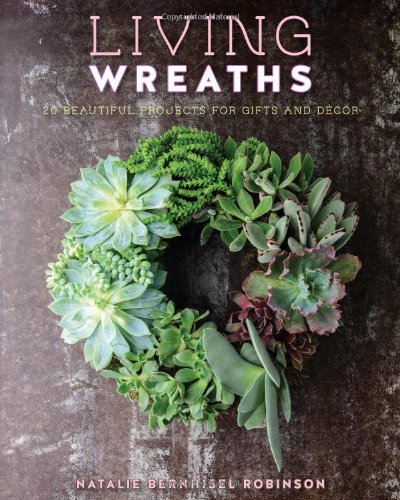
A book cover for Living Wreaths: 20 Beautiful Projects for Gift and Decor; Natalie Bernhisel-Robinson; Crafts, Hobbies & Home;